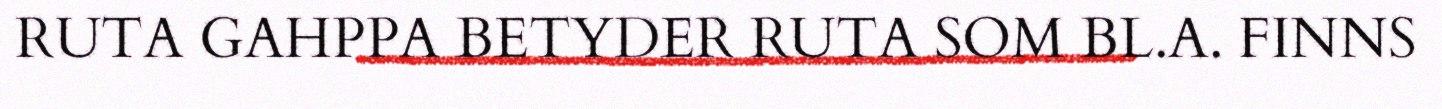
RUTA GAHPPA BETYDER RUTA SOM BL.A. FINNS